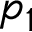
p _ { 1 }